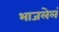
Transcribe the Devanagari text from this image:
भाजलेलं